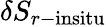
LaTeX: \delta S_{r-\mathrm{{insitu}}}